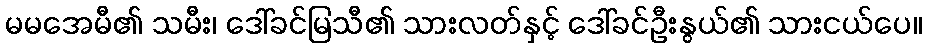
မမအေမီ၏ သမီး၊ ဒေါ်ခင်မြသီ၏ သားလတ်နှင့် ဒေါ်ခင်ဦးနွယ်၏ သားငယ်ပေ။